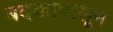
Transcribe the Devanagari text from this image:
बदकापासून